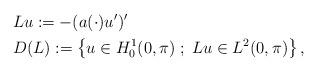
LaTeX: \begin{align*}& Lu := - (a(\cdot) u')' \\& D(L) := \left\{u \in H^1_{0}(0,\pi) \; ; \; Lu \in L^2(0,\pi)\right\},\end{align*}